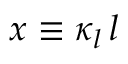
x \equiv \kappa _ { l } \, l